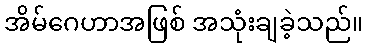
အိမ်ဂေဟာအဖြစ် အသုံးချခဲ့သည်။